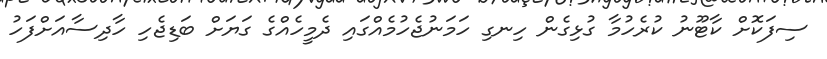
ސިފަކޮށް ކާޓޫނު ކުރެހުމާ ގުޅިގެން ހިނގި ހަމަނުޖެހުމެއްގައި ދެމީހެއްގެ ގަޔަށް ބަޑިޖެހި ހާދިސާއަށްފަހު